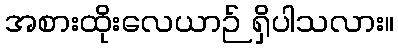
အစားထိုးလေယာဉ် ရှိပါသလား။